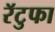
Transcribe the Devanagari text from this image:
रॅटुफा